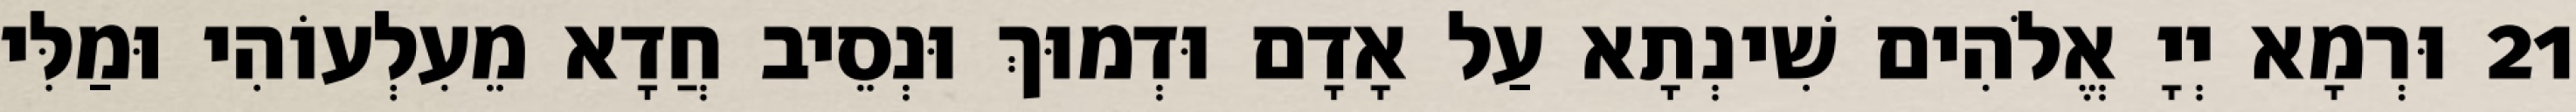
21 וּרְמָא יְיָ אֱלֹהִים שִׁינְתָא עַל אָדָם וּדְמוּךְ וּנְסֵיב חֲדָא מֵעִלְעוֹהִי וּמַלִּי